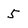
Character: 5